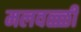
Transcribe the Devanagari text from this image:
मलवळ्ळी